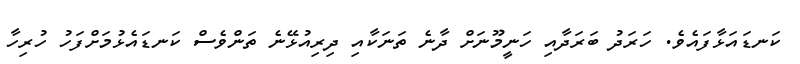
ކަނޑައަޅާފައެވެ. ހަރަދު ބަރަދާއި ހަނީމޫނަށް ދާނެ ތަނަކާއި ދިރިއުޅޭނެ ތަންވެސް ކަނޑައެޅުމަށްފަހު ހުރިހާ